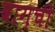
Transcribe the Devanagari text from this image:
बाग़ची